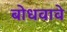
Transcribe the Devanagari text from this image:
बोधवावे